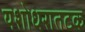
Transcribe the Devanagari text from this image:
यशोधरातटक